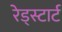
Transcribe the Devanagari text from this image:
रेड्स्टार्ट